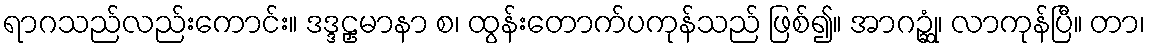
ရာဂသည်လည်းကောင်း။ ဒဒ္ဒဠှမာနာ စ၊ ထွန်းတောက်ပကုန်သည် ဖြစ်၍။ အာဂဉ္ဆုံ၊ လာကုန်ပြီ။ တာ၊